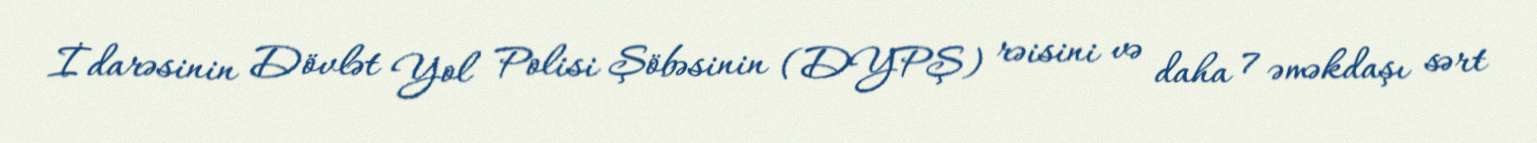
İdarəsinin Dövlət Yol Polisi Şöbəsinin (DYPŞ) rəisini və daha 7 əməkdaşı sərt